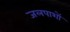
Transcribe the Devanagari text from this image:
जलपाशों